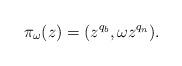
LaTeX: \begin{align*}\pi_{\omega}(z) = (z^{q_b}, \omega z^{q_n}).\end{align*}